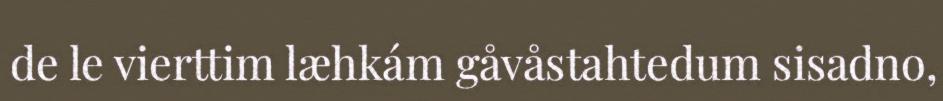
de le vierttim læhkám gåvåstahtedum sisadno,